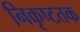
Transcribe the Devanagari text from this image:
निकृष्टतक